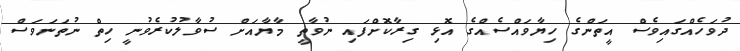
ދުވަހެއްގައިވެސް އީތަންގެ ހިޔާވައްސެއްގެ އޮޅި ގިރާކޮށްފައި ނުވާތީ މާޔާއަށް ސުވާލުކުރެވުނީ ހިތް ނުތަނަވަސް